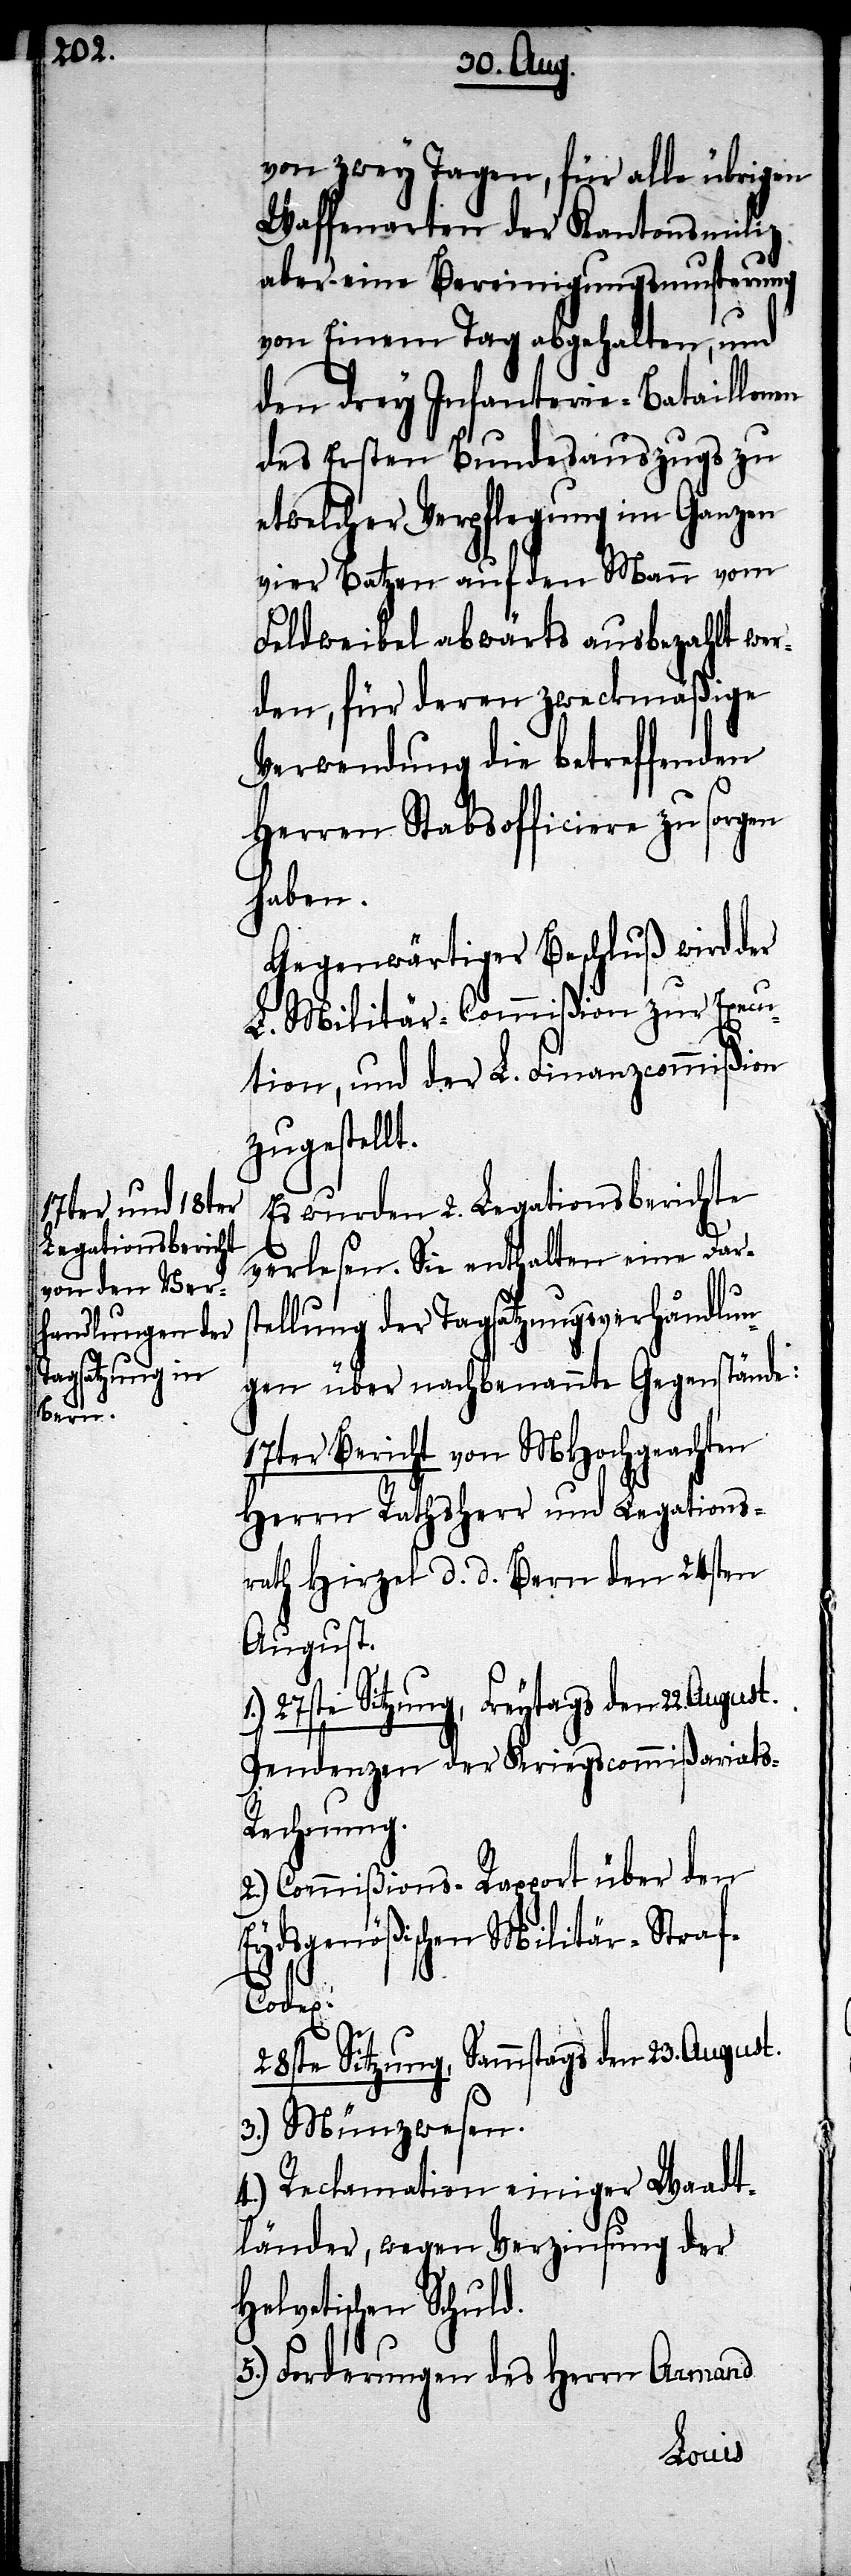
von zwey Tagen, für alle übrigen
Waffenarten der Kantonsmiliz
aber eine Bereinigungsmusterung
von Einem Tag abgehalten, und
den drey Infanterie-Bataillonen
des Ersten Bundesauszugs zu
etwelcher Verpflegung im Ganzen
vier Batzen auf den Mann vom
Feldweibel abwärts ausbezahlt wer¬
den, für deren zweckmäßige
Verwendung die betreffenden
Herren Stabsofficiere zu sorgen
haben.
Gegenwärtiger Beschluß wird der
L. Militär-Commißion zur Execu¬
tion, und der L. Finanzcommißion
zugestellt.
Es wurden 2. Legationsberichte
verlesen. Sie enthalten eine Darst¬
ellung der Tagsatzungsverhandlun¬
gen über nachbenannte Gegenstände:
17ter Bericht von MHochgeachten
Herrn Rathsherr und Legations¬
rath Hirzel d. d. Bern den 24sten
August.
Pendenzen der Kriegscommißariats-R¬
echnung.
2.) Commißions-Rapport über den
Eydsgenößischen Militär-Straf¬
codex.
28ste Sitzung, Sammstags den 23. August.
3.) Münzwesen.
4.) Reclamation einiger Waadt¬
länder, wegen Verzinsung der
Helvetischen Schuld.
5.) Forderungen des Herrn Armand